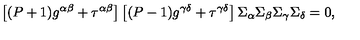
\left[ ( P + 1 ) g ^ { \alpha \beta } + \tau ^ { \alpha \beta } \right] \left[ ( P - 1 ) g ^ { \gamma \delta } + \tau ^ { \gamma \delta } \right] \Sigma _ { \alpha } \Sigma _ { \beta } \Sigma _ { \gamma } \Sigma _ { \delta } = 0 ,